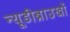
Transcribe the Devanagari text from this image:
न्यूडीब्राउखों